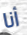
أنا